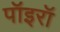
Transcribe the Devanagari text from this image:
पॉइरॉ